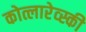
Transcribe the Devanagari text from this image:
कोत्लारेव्स्की